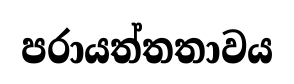
පරායත්තතාවය